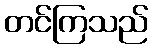
တင်ကြသည်